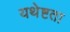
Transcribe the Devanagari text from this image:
यथेष्टता